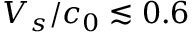
V _ { s } / c _ { 0 } \lesssim 0 . 6